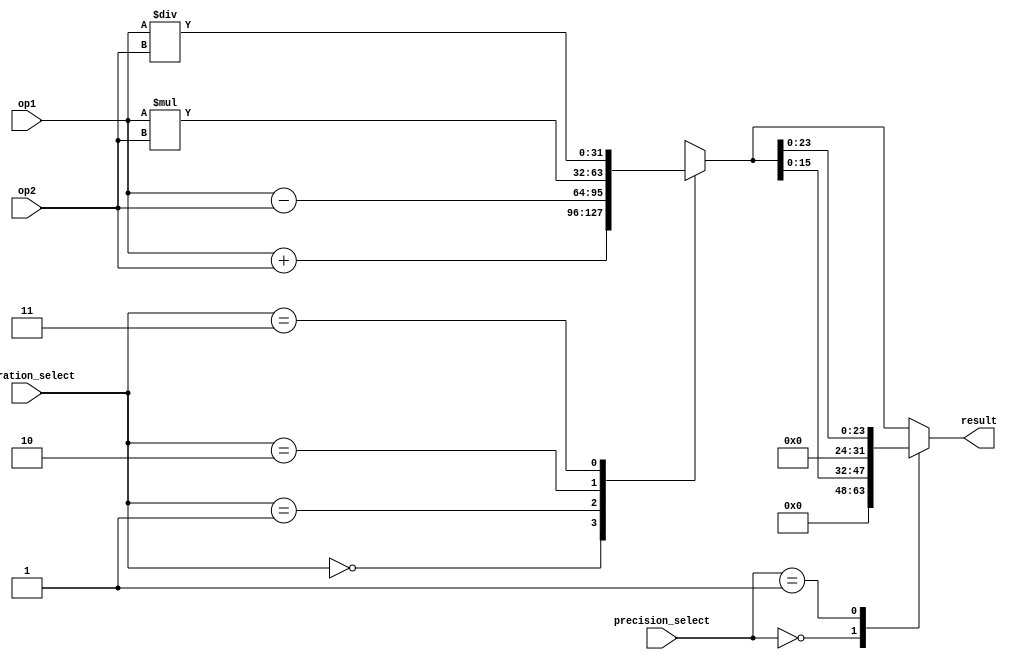
module mixed_precision_float_unit (
input [31:0] op1,
input [31:0] op2,
input [1:0] precision_select,
input [1:0] operation_select,
output reg [31:0] result
);

reg [31:0] temp_result;

always @ (precision_select or operation_select)
begin
case(operation_select)
2'b00: temp_result = op1 + op2; // Addition
2'b01: temp_result = op1 - op2; // Subtraction
2'b10: temp_result = op1 * op2; // Multiplication
2'b11: temp_result = op1 / op2; // Division
endcase

case(precision_select)
2'b00: result = temp_result[15:0]; // Round to single precision
2'b01: result = temp_result[23:0]; // Round to double precision
2'b10: result = temp_result[31:0]; // Round to quadruple precision
default: result = temp_result[31:0]; // Default to quadruple precision
endcase
end

endmodule